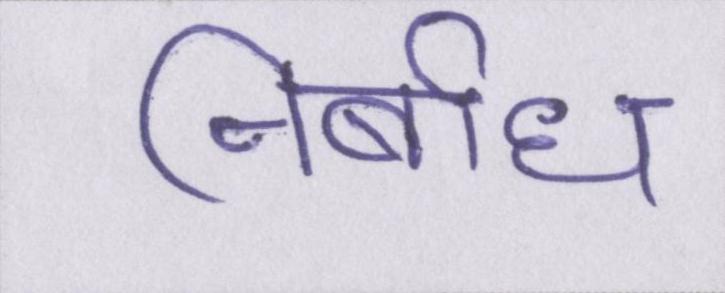
निर्बाध